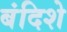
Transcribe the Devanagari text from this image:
बंदिशे